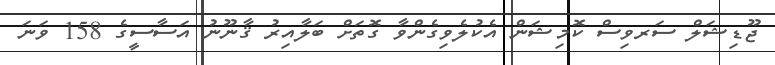
ޖޫޑިޝަލް ސަރވިސް ކޮމިޝަން އެކުލެވިގެންވާ ގޮތަށް ބަލާއިރު ޤާނޫނު އަސާސީގެ 158 ވަނަ